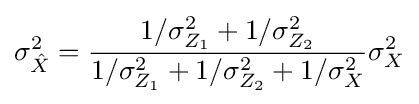
\sigma _{\hat {X}}^{2}={\frac {1/\sigma _{Z_{1}}^{2}+1/\sigma _{Z_{2}}^{2}}{1/\sigma _{Z_{1}}^{2}+1/\sigma _{Z_{2}}^{2}+1/\sigma _{X}^{2}}}\sigma _{X}^{2}